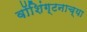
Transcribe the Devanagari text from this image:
वॉशिंग्टनाच्या